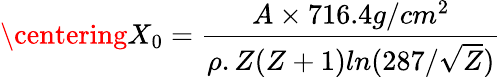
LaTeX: \centering X_{0}=\frac{A\times 716.4g/cm^{2}}{\rho.Z(Z+1)ln(287/\sqrt{Z})}